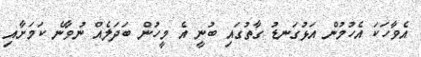
އެވާހަކަ އެެހުމުން އަޅުގަނޑު ގާތުގައި ބުނީ އެ މީހުން ބަދަލެއް ނުވާނެ ކަމަށާއި